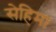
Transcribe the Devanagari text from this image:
सेहिमा